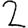
Digit: 2